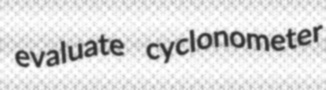
evaluate cyclonometer